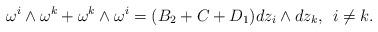
LaTeX: \begin{align*}\omega^i\wedge \omega^k+\omega^k\wedge \omega^i=(B_2+C+D_1) dz_i\wedge dz_k, \: \: i\neq k.\end{align*}